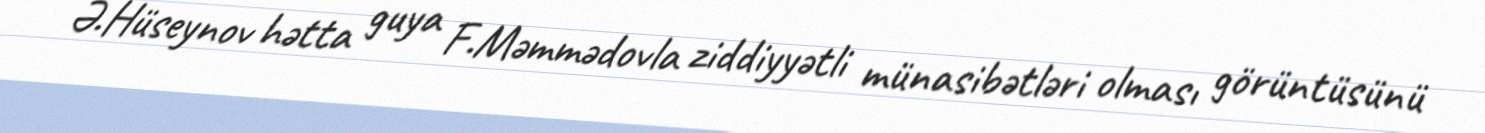
Ə.Hüseynov hətta guya F.Məmmədovla ziddiyyətli münasibətləri olması görüntüsünü